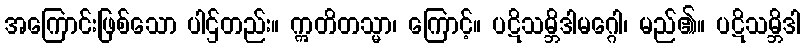
အကြောင်းဖြစ်သော ပါဌ်တည်း။ ဣတိတသ္မာ၊ ကြောင့်။ ပဋိသမ္ဘိဒါမဂ္ဂေါ၊ မည်၏။ ပဋိသမ္ဘိဒါ